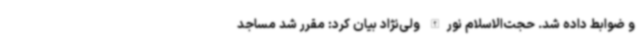
و ضوابط داده شد. حجت‌الاسلام نورالله ولی‌نژاد بیان کرد: مقرر شد مساجد